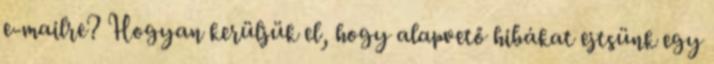
e-mailre? Hogyan kerüljük el, hogy alapvető hibákat ejtsünk egy